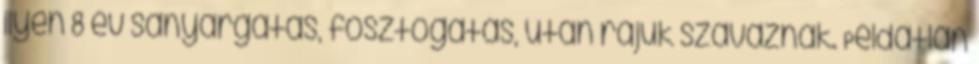
ilyen 8 év sanyargatás, fosztogatás, után rájuk szavaznak. Példátlan